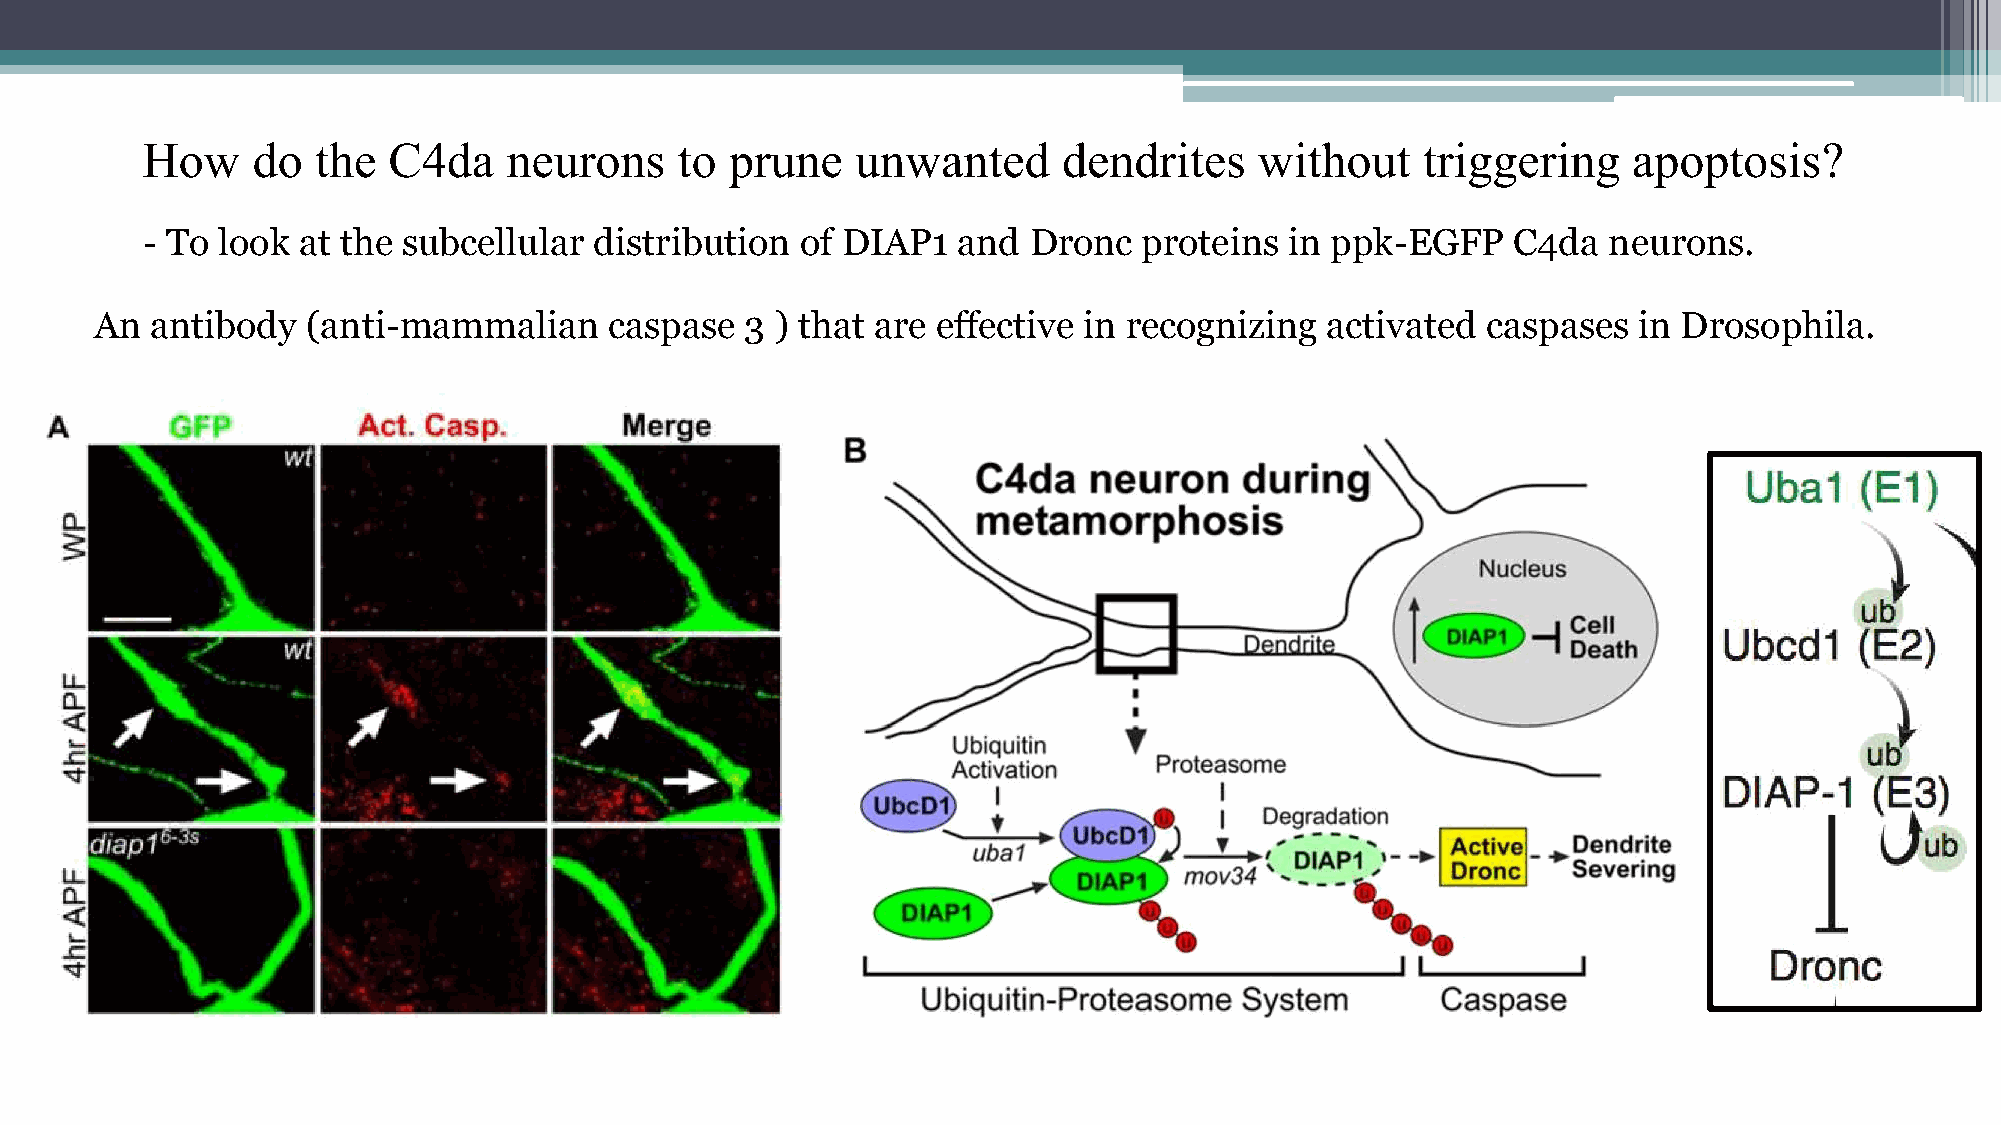
How     do  the  C4da    neurons    to prune    unwanted     dendrites    without    triggering    apoptosis?
 - To look  at the subcellular distribution  of DIAP1  and  Dronc   proteins in ppk-EGFP    C4da  neurons.
 An  antibody  (anti-mammalian     caspase  3 ) that are effective in recognizing  activated caspases  in Drosophila.